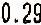
0.29